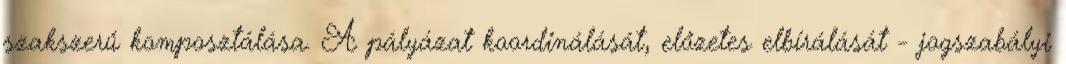
szakszerű komposztálása. A pályázat koordinálását, előzetes elbírálását - jogszabályi